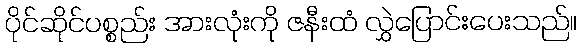
ပိုင်ဆိုင်ပစ္စည်း အားလုံးကို ဇနီးထံ လွှဲပြောင်းပေးသည်။